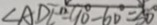
\angle A D E = 9 0 ^ { \circ } - 6 0 ^ { \circ } = 3 0 ^ { \circ }